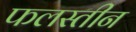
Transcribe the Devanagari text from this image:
फलस्तीन